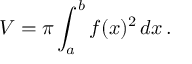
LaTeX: V = \pi \int _ { a } ^ { b } f ( x ) ^ { 2 } \, d x \, .